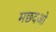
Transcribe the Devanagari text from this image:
मछदओ